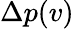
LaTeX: \Delta p(v)